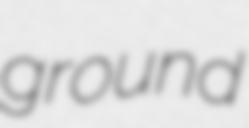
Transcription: ground